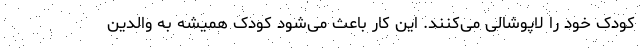
کودک خود را لاپوشالی می‌کنند. این کار باعث می‌شود کودک همیشه به والدین